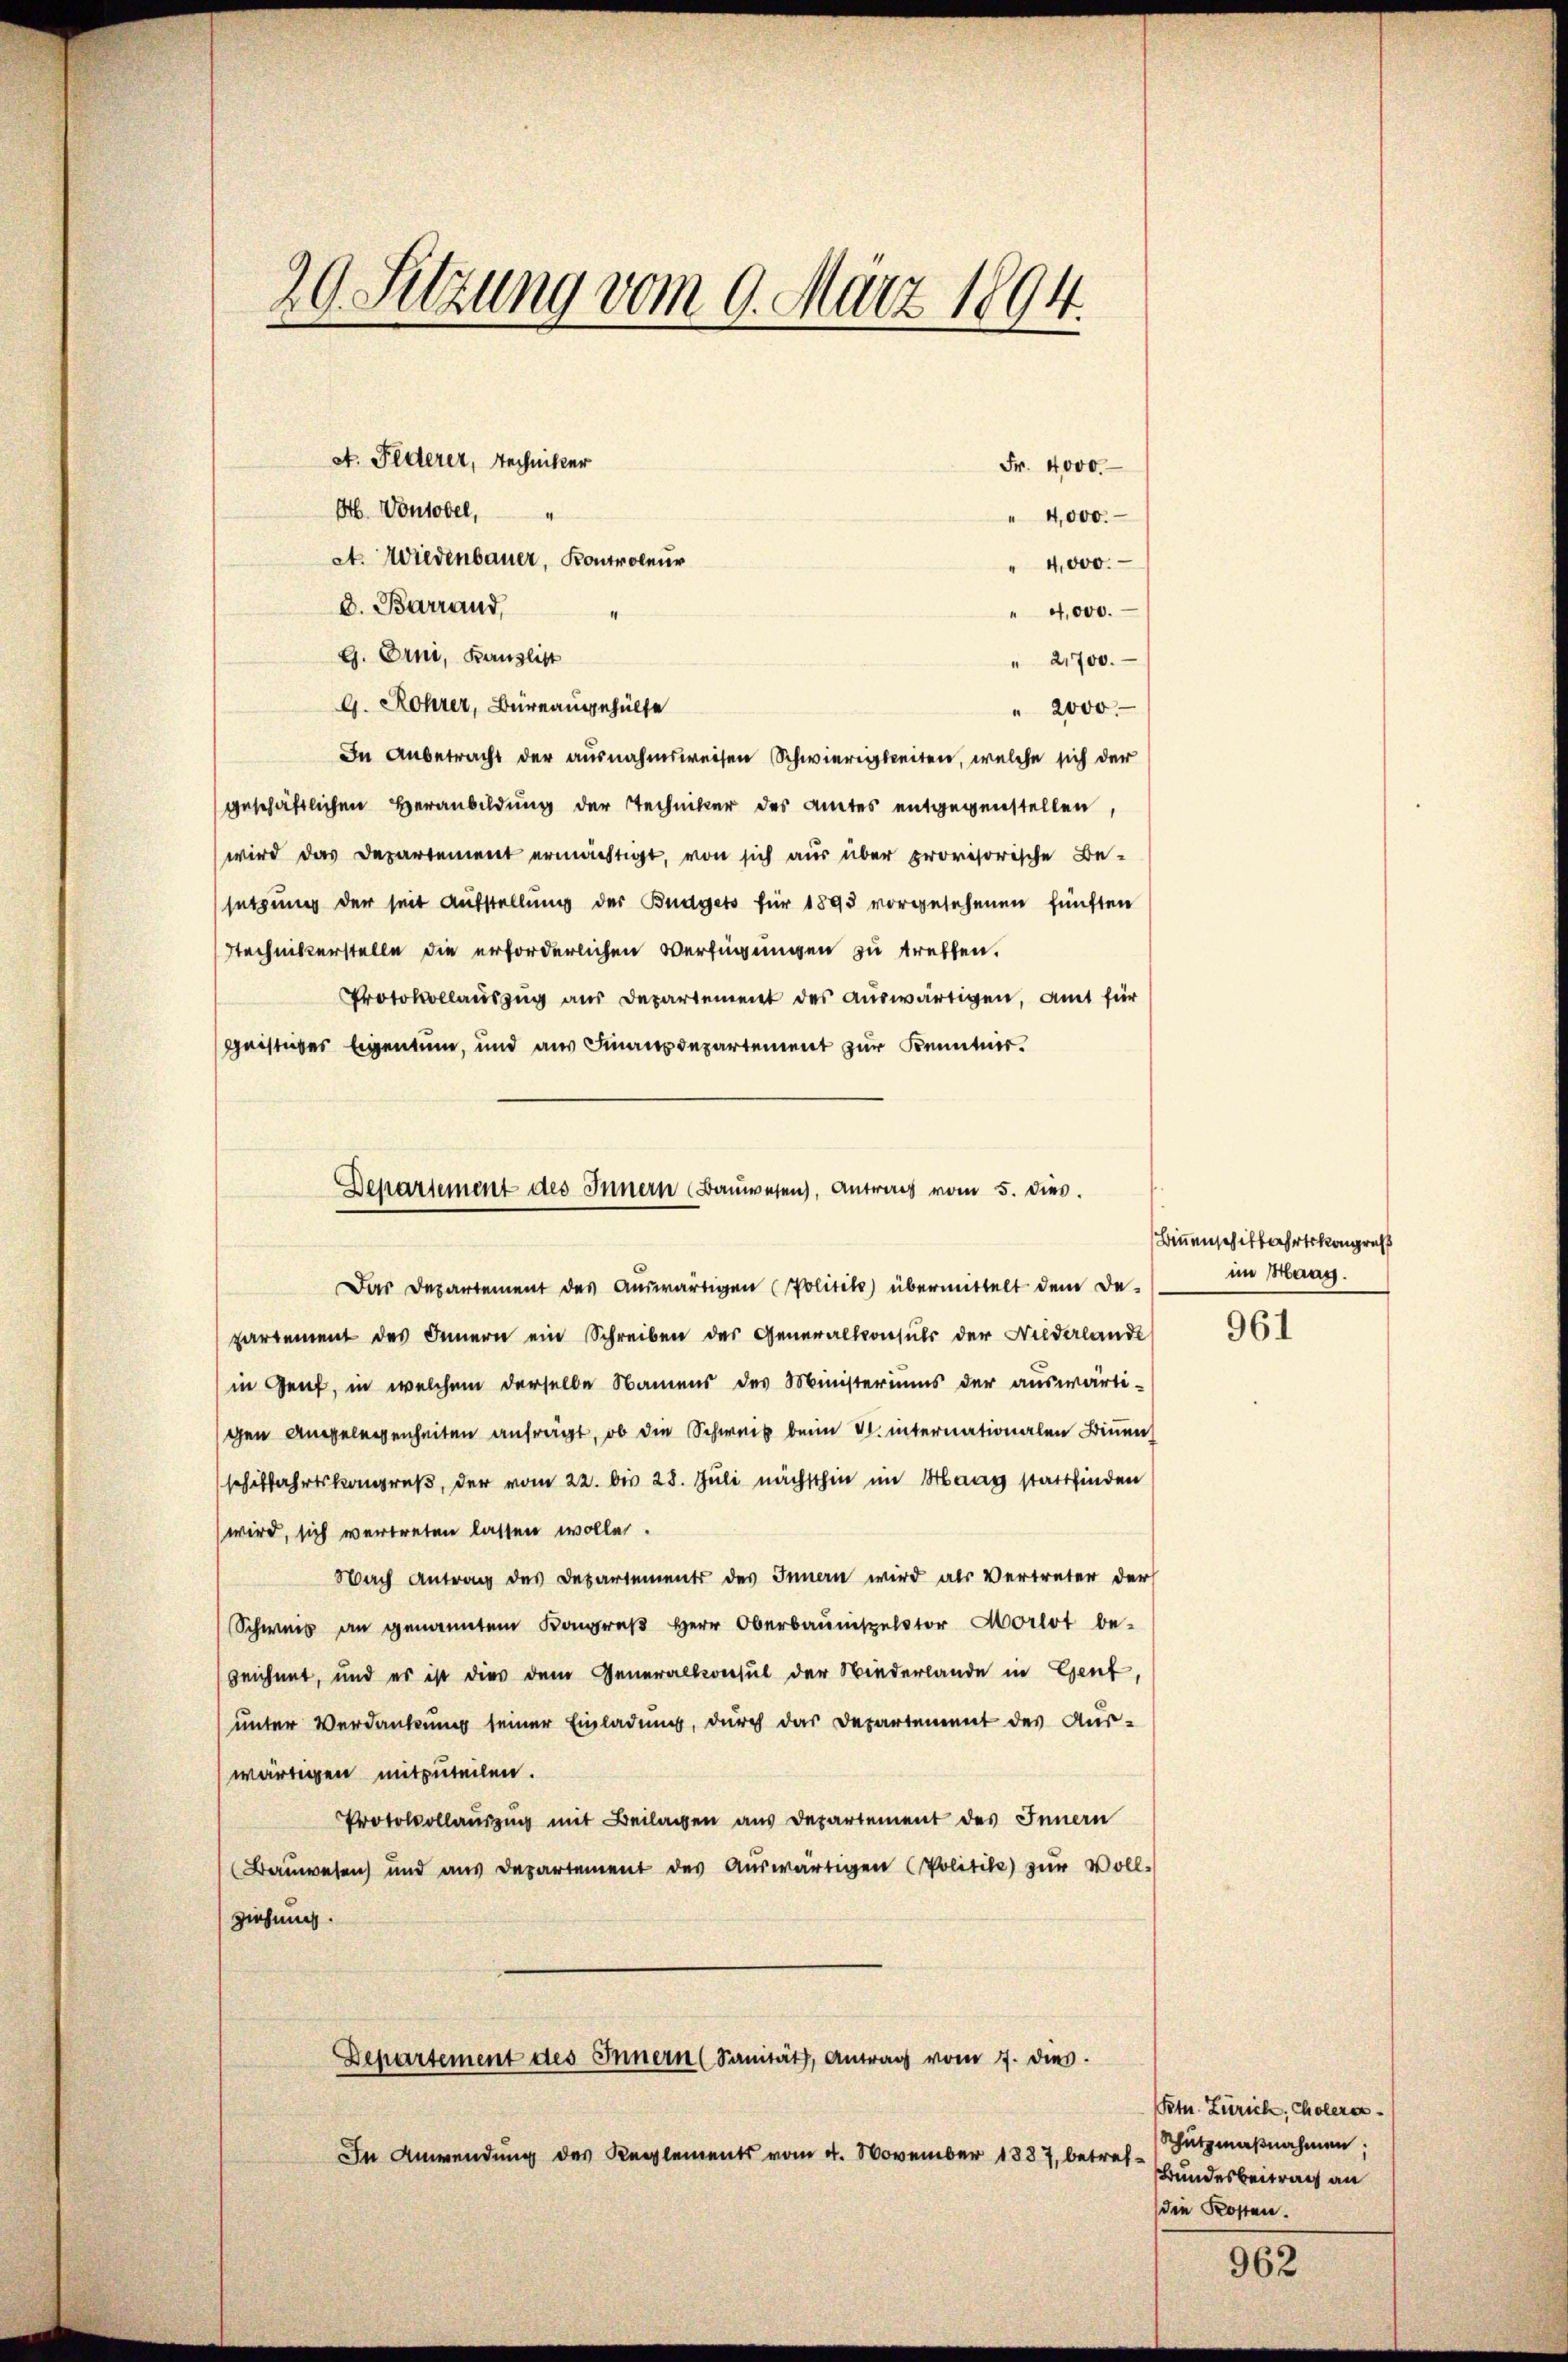
20. Sitzung vom 9. März 1894.

At. Wiedenbauer, Kontroleur
4,000.
" 2700.
G. Rohrer, Büreaugehülfe
" 2000.
In Anbetracht der ausnahmsweisen Schwierigkeiten, welche sich der
geschäftlichen Veranbildung der Techniker des Amtes entgegenstellen
wird das Departement ermächtigt, von sich aus über provisorische Be-
setzung der seit Aufstellung der Budgets für 1895 vorgesehenen fünften
Stechnikerstelle die erforderlichen Verfügungen zu treffen.
Protokollauszug aus Departement des auswärtigen, amt für
geistiges Eigentum, und aus Finanzdepartement zur Kenntnis.

At. Federer, Techniker

Ob. Vontobel,
d. Barrand,
G. Erni, Kanzlist

4

Fr. 4000.

" 4,000.
" 4,000.

Departement des Innern Bauwesen, Antrag vom 5. dies.

Das Departement des aŭswärtigen (Politik übermittelt dem De-
partement des Innern ein Schreiben des Generalkonsuls der Niederlande
in Genf, in welchem derselbe Namens des Ministeriums der auswärti-
gen Angelegenheiten anfrägt, ob die Schweib beim V. internationalen Binnen,
schiffahrtskongruß, der vom 22. bis 28. Juli nächsthin im Haag stattfinden
wird, sich vertreten lassen wolle.
Nach Antrag des Departements des Innen wird als Vertreter der
Schweis an genannten Kongreβ Herr Oberbaŭnispelstor Morlot be-
zeichnet, und es ist dies dem Generalkonsul der Wiederlande in Genf,
unter Verdankung seiner Einladung, durch das Departement des Aus-
wärtigen mitzuteilen.
Protokollauszug mit Beilagen aus Departement des Innern
Bauwesen und aus Departement des Aŭswärtigen (Politike) zur Voll-
ziehung.
Departement des Innern (Sanität, Antrag vom 7. dies
In Anwendung des Reglements vom 4. November 1887, betref¬

Binnenschiffahrtskongress
im Haas.

961

Ptn. Zürich, Cholerar¬
Schutzmaßnahmen;
Bundesbeitrag an
die Kosten.

962